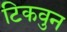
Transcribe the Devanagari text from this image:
टिकवुन